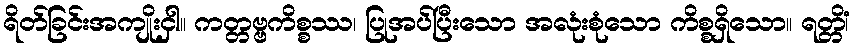
ရိတ်ခြင်းအကျိုးငှါ။ ကတ္တဗ္ဗကိစ္စဿ၊ ပြုအပ်ပြီးသော အလုံးစုံသော ကိစ္စရှိသော။ ရတ္တိံ၊